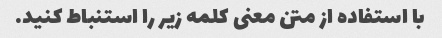
با استفاده از متن معنی کلمه زیر را استنباط کنید.